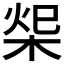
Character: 𣒓